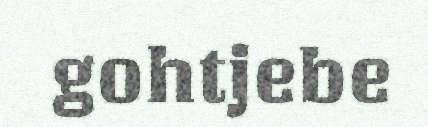
gohtjebe